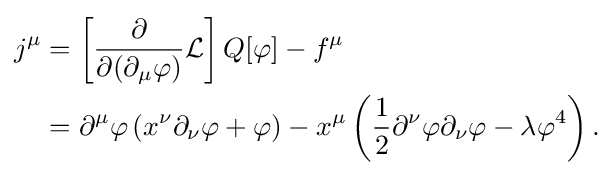
{\begin{aligned}j^{\mu }&=\left[{\frac {\partial }{\partial (\partial _{\mu }\varphi )}}{\mathcal {L}}\right]Q[\varphi ]-f^{\mu }\\&=\partial ^{\mu }\varphi \left(x^{\nu }\partial _{\nu }\varphi +\varphi \right)-x^{\mu }\left({\frac {1}{2}}\partial ^{\nu }\varphi \partial _{\nu }\varphi -\lambda \varphi ^{4}\right).\end{aligned}}